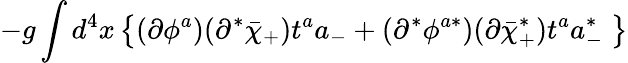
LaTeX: -g\int d^{4}x\left\{ (\partial\phi^{a})(\partial^{*}\bar{\chi}_{+})t^{a}a_{-}+(\partial^{*}\phi^{a*})(\partial\bar{\chi}_{+}^{*})t^{a}a_{-}^{*}\; \right\}